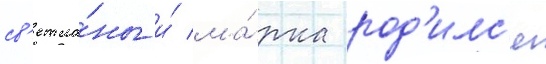
св'етла́ны и́ ма́рка род'илс'я